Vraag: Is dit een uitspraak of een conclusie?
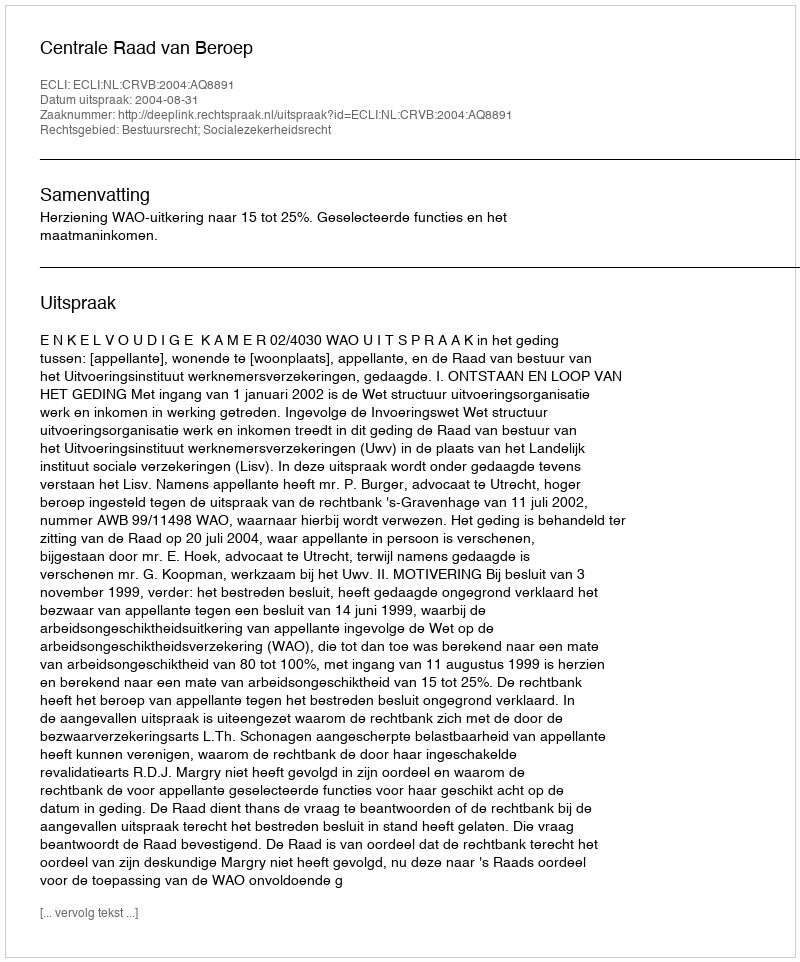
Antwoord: Uitspraak